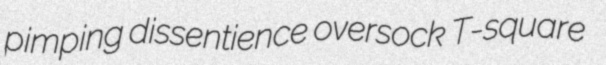
pimping dissentience oversock T-square